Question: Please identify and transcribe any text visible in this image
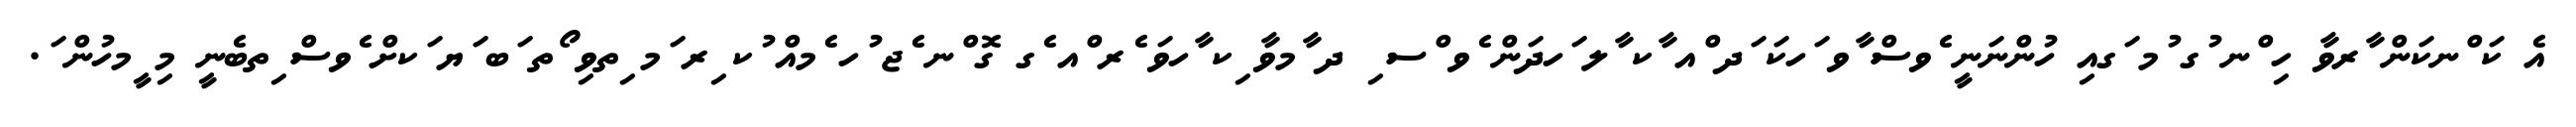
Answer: އެ ކަ ްނކަން ާރވާ ހި ްނ ުގ ުމ ަގއި ހުންނަނީ ެވސް ާވ ަހކަ ަދ ްއ ާކ ާލ ަހދަން ެވ ްސ ި ދ ާމވާ ިކ ާހވަ ެރ ްއ ެގ ގޮ ްނ ެޖ ުހ ެމއް ުކ ިރ ަމ ިތވި ޯތ ަބ ަޔ ަކށް ެވސް ިތބެނީ މި ީމހުން ަ.